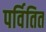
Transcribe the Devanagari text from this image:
पर्वितित